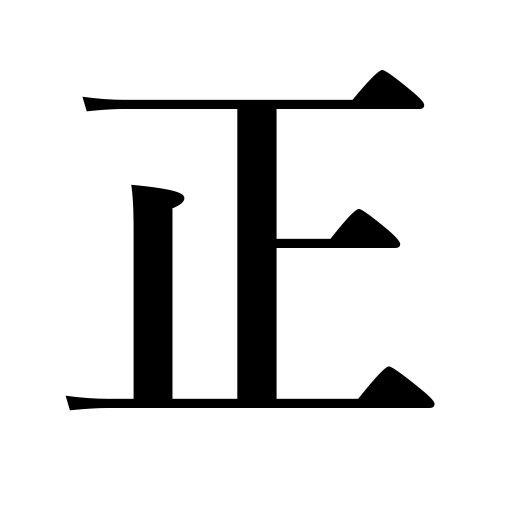
Meanings: lawful,perfect,proper,straightforward,reform,punctual,straighten,correct,right,positive,adjust,redress,plus,righteousness,original,Regular,justice,amend,honest,righteous,genuine,moral,senior,healthy,straight,truthful,just